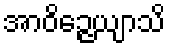
အာဝိဉ္ဇေယျာသိ